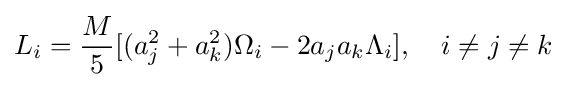
L_{i}={\frac {M}{5}}[(a_{j}^{2}+a_{k}^{2})\Omega _{i}-2a_{j}a_{k}\Lambda _{i}],\quad i\neq j\neq k